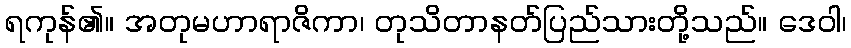
ရကုန်၏။ အတုမဟာရာဇိကာ၊ တုသိတာနတ်ပြည်သားတို့သည်။ ဒေဝါ၊